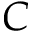
C